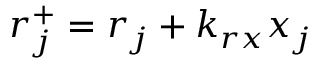
r _ { j } ^ { + } = r _ { j } + k _ { r x } x _ { j }